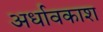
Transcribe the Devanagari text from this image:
अर्धावकाश